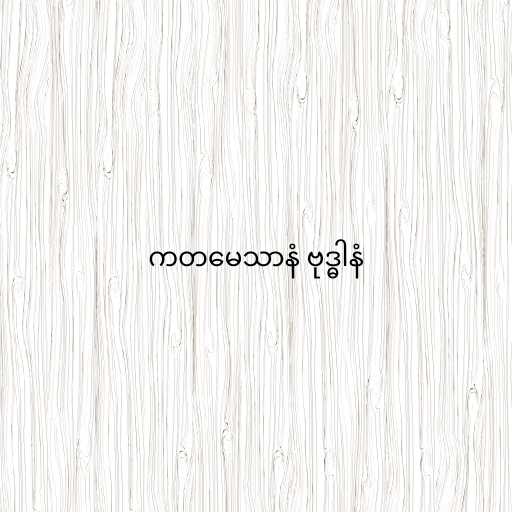
ကတမေသာနံ ဗုဒ္ဓါနံ